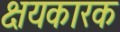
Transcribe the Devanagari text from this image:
क्षयकारक